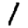
Digit: 1